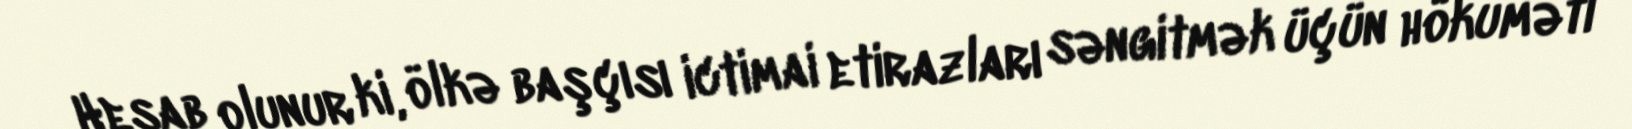
Hesab olunur ki, ölkə başçısı ictimai etirazları səngitmək üçün hökuməti